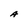
Character: A